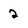
Character: 2